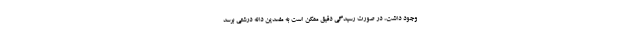
وجود داشت، در صورت رسیدگی دقیق ممکن است به مفسدین دانه درشتی برسد